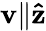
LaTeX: \mathbf{v}\| \mathbf{\hat{z}}